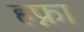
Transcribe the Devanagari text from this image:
हफ्ना